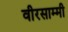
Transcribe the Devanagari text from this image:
वीरसाम्मी